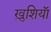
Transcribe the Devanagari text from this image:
ख़ुशियाॅ